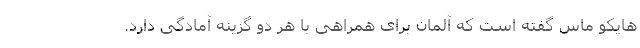
هایکو ماس گفته است که آلمان برای همراهی با هر دو گزینه آمادگی دارد.